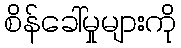
စိန်ခေါ်မှုများကို